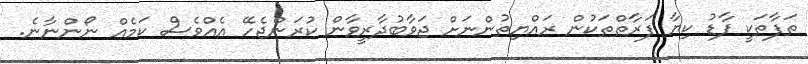
ތަފާތަކީ ފާޑު ކިޔާ ފަރާތްތަކުން ރައްޔިތުންނަށް ޖަވާބުދާރީވާން ކުރަންޖެހޭ އެއްވެސް ކަމެއް ނޯންނާނެ.